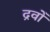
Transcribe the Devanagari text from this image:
द्रवोँ